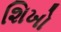
શિખો